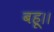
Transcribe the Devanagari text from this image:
बहू।।